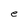
Character: e